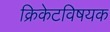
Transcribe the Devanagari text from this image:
क्रिकेटविषयक